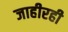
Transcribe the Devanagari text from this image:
जाहीरही